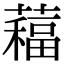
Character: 𦿁